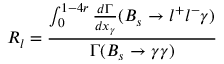
R _ { l } = \frac { \int _ { 0 } ^ { 1 - 4 r } \frac { d \Gamma } { d x _ { \gamma } } ( B _ { s } \to l ^ { + } l ^ { - } \gamma ) } { \Gamma ( B _ { s } \to \gamma \gamma ) }